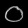
Digit: ၀